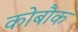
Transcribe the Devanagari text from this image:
कोबौक